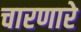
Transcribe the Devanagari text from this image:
चारणारे